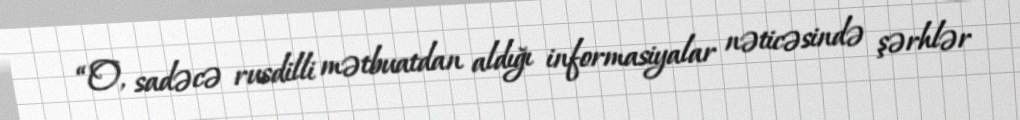
“O, sadəcə rusdilli mətbuatdan aldığı informasiyalar nəticəsində şərhlər